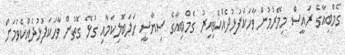
ގެމްބިއާގެ ރައީސް މިމޭރުމުން ވާހަކަފުޅުދެއްކެވިއިރު ގެމްބިއާގެ ސިޔާސީ ހަލަބޮލިކަމާއި ގުޅޭ ގޮތުން ވާހަކަފުޅުދެއްކެވުމަށް